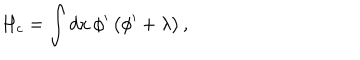
H _ { c } = \int d x \, \phi ^ { \prime } \, \bigl ( \phi ^ { \prime } + \lambda \bigr ) \, ,